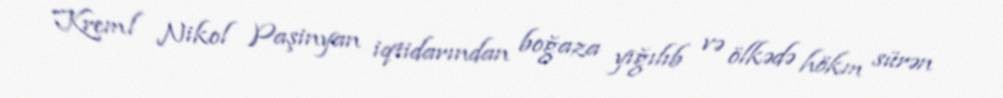
Kreml Nikol Paşinyan iqtidarından boğaza yığılıb və ölkədə hökm sürən